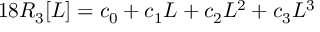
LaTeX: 1 8 R _ { 3 } [ L ] = c _ { 0 } + c _ { 1 } L + c _ { 2 } L ^ { 2 } + c _ { 3 } L ^ { 3 }